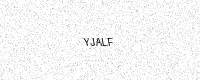
Text: YJALF